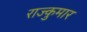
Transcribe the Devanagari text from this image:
राज्कुमार